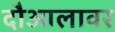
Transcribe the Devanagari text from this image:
दौआलावर